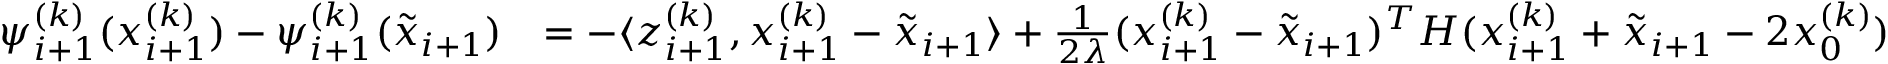
\begin{array} { r l } { \psi _ { i + 1 } ^ { ( k ) } ( x _ { i + 1 } ^ { ( k ) } ) - \psi _ { i + 1 } ^ { ( k ) } ( \tilde { x } _ { i + 1 } ) } & { = - \langle z _ { i + 1 } ^ { ( k ) } , x _ { i + 1 } ^ { ( k ) } - \tilde { x } _ { i + 1 } \rangle + \frac { 1 } { 2 \lambda } ( x _ { i + 1 } ^ { ( k ) } - \tilde { x } _ { i + 1 } ) ^ { T } H ( x _ { i + 1 } ^ { ( k ) } + \tilde { x } _ { i + 1 } - 2 x _ { 0 } ^ { ( k ) } ) } \end{array}